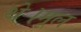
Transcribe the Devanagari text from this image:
थे।मूल